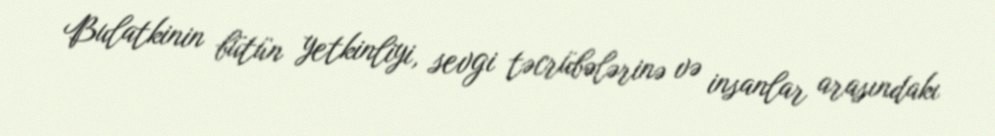
Bulatkinin bütün yetkinliyi, sevgi təcrübələrinə və insanlar arasındakı